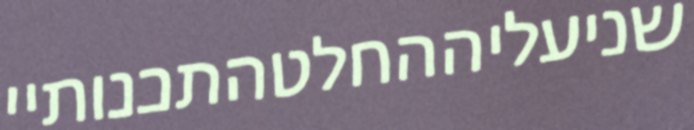
שניעליההחלטהתכנותיי